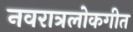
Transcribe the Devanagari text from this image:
नवरात्रलोकगीत